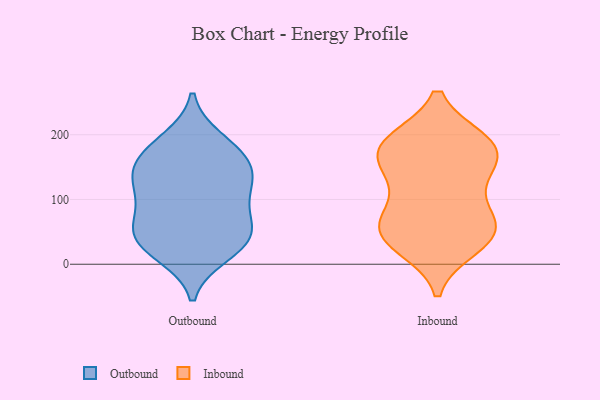
{"axis": {"x": "Churn Rate (%)", "y": "Value"}, "legend": ["Inbound", "Outbound"], "data": [{"x": "", "y": 119, "type": "Outbound"}, {"x": "", "y": 20, "type": "Outbound"}, {"x": "", "y": 15, "type": "Outbound"}, {"x": "", "y": 185, "type": "Outbound"}, {"x": "", "y": 55, "type": "Outbound"}, {"x": "", "y": 106, "type": "Outbound"}, {"x": "", "y": 121, "type": "Outbound"}, {"x": "", "y": 156, "type": "Outbound"}, {"x": "", "y": 146, "type": "Outbound"}, {"x": "", "y": 193, "type": "Outbound"}, {"x": "", "y": 55, "type": "Outbound"}, {"x": "", "y": 33, "type": "Outbound"}, {"x": "", "y": 147, "type": "Outbound"}, {"x": "", "y": 92, "type": "Outbound"}, {"x": "", "y": 165, "type": "Outbound"}, {"x": "", "y": 44, "type": "Outbound"}, {"x": "", "y": 57, "type": "Outbound"}, {"x": "", "y": 72, "type": "Inbound"}, {"x": "", "y": 190, "type": "Inbound"}, {"x": "", "y": 186, "type": "Inbound"}, {"x": "", "y": 35, "type": "Inbound"}, {"x": "", "y": 188, "type": "Inbound"}, {"x": "", "y": 100, "type": "Inbound"}, {"x": "", "y": 189, "type": "Inbound"}, {"x": "", "y": 56, "type": "Inbound"}, {"x": "", "y": 47, "type": "Inbound"}, {"x": "", "y": 69, "type": "Inbound"}, {"x": "", "y": 27, "type": "Inbound"}, {"x": "", "y": 175, "type": "Inbound"}, {"x": "", "y": 150, "type": "Inbound"}, {"x": "", "y": 44, "type": "Inbound"}, {"x": "", "y": 142, "type": "Inbound"}, {"x": "", "y": 147, "type": "Inbound"}]}